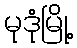
မုဒုံမြို့